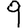
Digit: 9